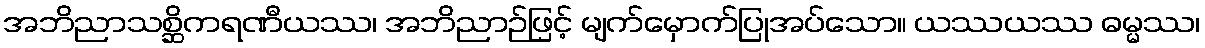
အဘိညာသစ္ဆိကရဏီယဿ၊ အဘိညာဉ်ဖြင့် မျက်မှောက်ပြုအပ်သော။ ယဿယဿ ဓမ္မဿ၊